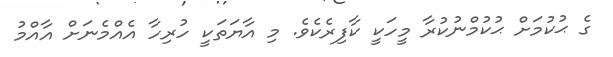
ގެ ޙުކުމަށް ޙުކުމްނުކުރާ މީހަކީ ކާފިރެކެވެ. މި އާޔަތަކީ ހުރިހާ އެއްމެނަށް އާއްމު